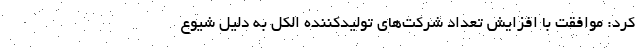
کرد: موافقت با افزایش تعداد شرکت‌های تولیدکننده الکل به دلیل شیوع